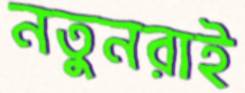
নতুনরাই